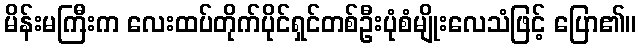
မိန်းမကြီးက လေးထပ်တိုက်ပိုင်ရှင်တစ်ဦးပုံစံမျိုးလေသံဖြင့် ပြော၏။